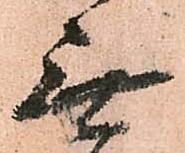
無